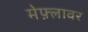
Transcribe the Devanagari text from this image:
मेफ़्लावर